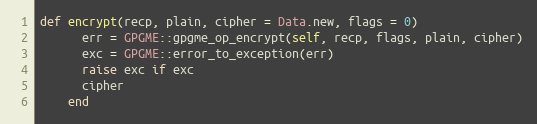
Language: Ruby
def encrypt(recp, plain, cipher = Data.new, flags = 0)
      err = GPGME::gpgme_op_encrypt(self, recp, flags, plain, cipher)
      exc = GPGME::error_to_exception(err)
      raise exc if exc
      cipher
    end